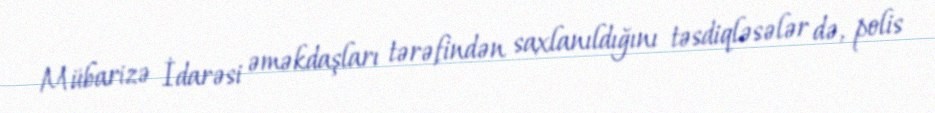
Mübarizə İdarəsi əməkdaşları tərəfindən saxlanıldığını təsdiqləsələr də, polis